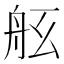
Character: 𦨠